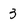
Character: 3